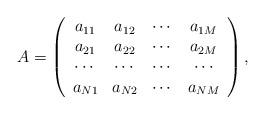
LaTeX: \begin{align*}A=\left(\begin{array}{cccc}a_{11}&a_{12}&\cdots&a_{1M}\\a_{21}&a_{22}&\cdots&a_{2M}\\\cdots&\cdots&\cdots&\cdots\\a_{N1}&a_{N2}&\cdots&a_{NM}\end{array}\right),\end{align*}